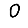
Digit: 0